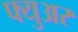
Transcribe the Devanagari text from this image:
फ्युअर